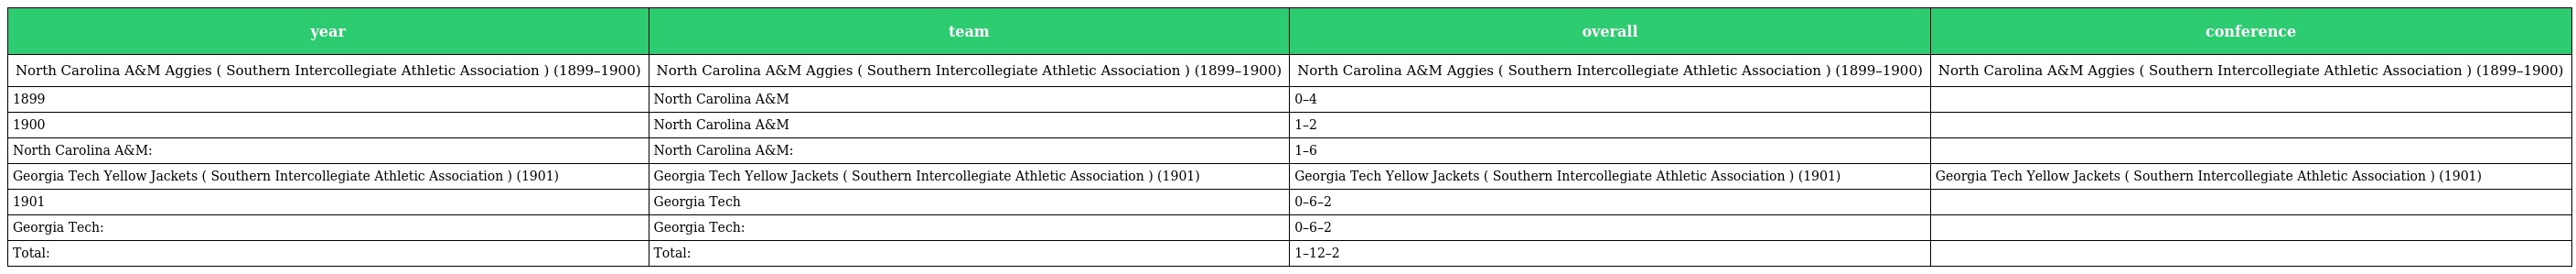
| year | team | overall | conference |
 | --- | --- | --- | --- |
 | North Carolina A&M Aggies ( Southern Intercollegiate Athletic Association ) (1899–1900) | North Carolina A&M Aggies ( Southern Intercollegiate Athletic Association ) (1899–1900) | North Carolina A&M Aggies ( Southern Intercollegiate Athletic Association ) (1899–1900) | North Carolina A&M Aggies ( Southern Intercollegiate Athletic Association ) (1899–1900) |
 | 1899 | North Carolina A&M | 0–4 |  |
 | 1900 | North Carolina A&M | 1–2 |  |
 | North Carolina A&M: | North Carolina A&M: | 1–6 |  |
 | Georgia Tech Yellow Jackets ( Southern Intercollegiate Athletic Association ) (1901) | Georgia Tech Yellow Jackets ( Southern Intercollegiate Athletic Association ) (1901) | Georgia Tech Yellow Jackets ( Southern Intercollegiate Athletic Association ) (1901) | Georgia Tech Yellow Jackets ( Southern Intercollegiate Athletic Association ) (1901) |
 | 1901 | Georgia Tech | 0–6–2 |  |
 | Georgia Tech: | Georgia Tech: | 0–6–2 |  |
 | Total: | Total: | 1–12–2 |  |